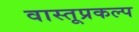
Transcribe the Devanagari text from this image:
वास्तूप्रकल्प